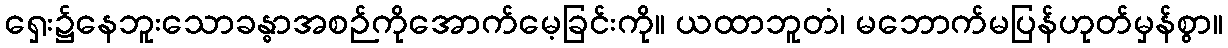
ရှေး၌နေဘူးသောခန္ဓာအစဉ်ကိုအောက်မေ့ခြင်းကို။ ယထာဘူတံ၊ မဘောက်မပြန်ဟုတ်မှန်စွာ။